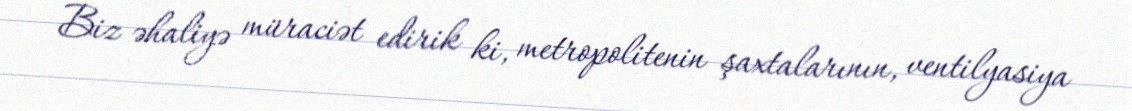
Biz əhaliyə müraciət edirik ki, metropolitenin şaxtalarının, ventilyasiya